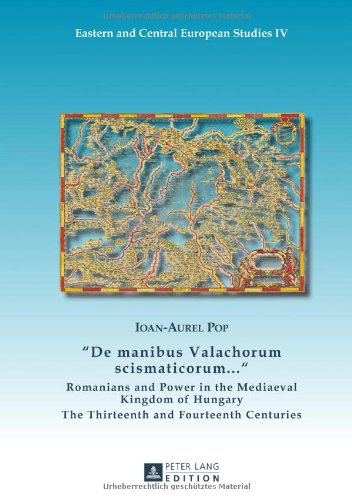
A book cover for Â«De manibus Valachorum scismaticorum ... Â»: Romanians and Power in the Mediaeval Kingdom of Hungary. The Thirteenth and Fourteenth Centuries (Eastern and Central European Studies); Ioan-Aurel Pop; History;